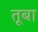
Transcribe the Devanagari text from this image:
तूबा